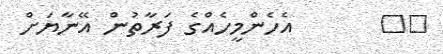
١٩       އެހެންމީހެއްގެ ފަރާތުން އޭނާޔަށް